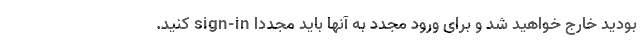
بودید خارج خواهید شد و برای ورود مجدد به آنها باید مجددا sign-in کنید.